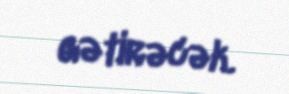
gətirəcək.